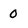
Character: 0